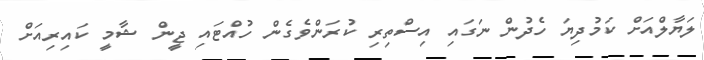
ލަޔާލްއަށް ކަމުދިޔަ ހެދުން ނަގައި އިސްތިރި ކުރަންވެގެން ހުއްޓައި ޖީން ޝާމީ ކައިރިއަށް